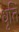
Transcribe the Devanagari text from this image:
धृतिं